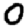
Digit: 0